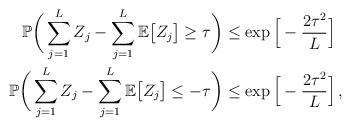
LaTeX: \begin{align*}\mathbb{P}\bigg(\sum_{j=1}^L Z_j - \sum_{j=1}^L \mathbb{E}\big[Z_j\big] \geq \tau\bigg) &\leq \exp\Big[-\frac{2\tau^2}{L}\Big]\\\mathbb{P}\bigg(\sum_{j=1}^L Z_j - \sum_{j=1}^L \mathbb{E}\big[Z_j\big] \leq -\tau\bigg) &\leq \exp\Big[-\frac{2\tau^2}{L}\Big]\,,\end{align*}